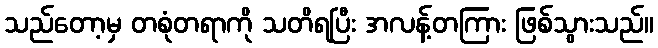
သည်တော့မှ တစုံတရာကို သတိရပြီး အလန့်တကြား ဖြစ်သွားသည်။